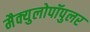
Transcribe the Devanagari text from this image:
मैक्युलोपॉपुलर